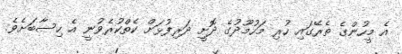
އެ މީހުންގެ ތެރޭގައި ހުރި މަހުމޫދުގެ ދޮށީ ދަރިފުޅަށް ކެތްކުރެވުނީ އެ ހިސާބަށެވެ.